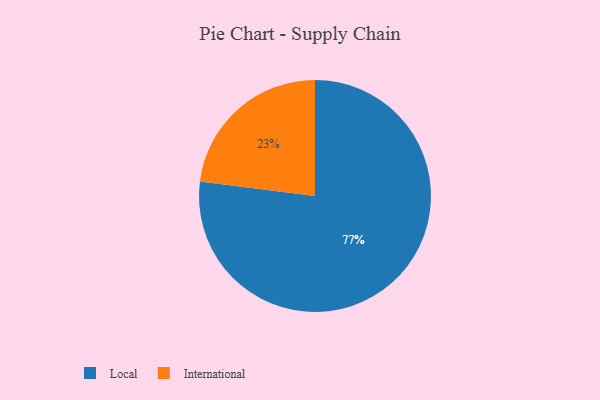
{"axis": {"x": "Category", "y": "Percentage"}, "legend": ["International", "Local"], "data": [{"x": "Local", "y": 77, "type": "Local"}, {"x": "International", "y": 23, "type": "International"}]}